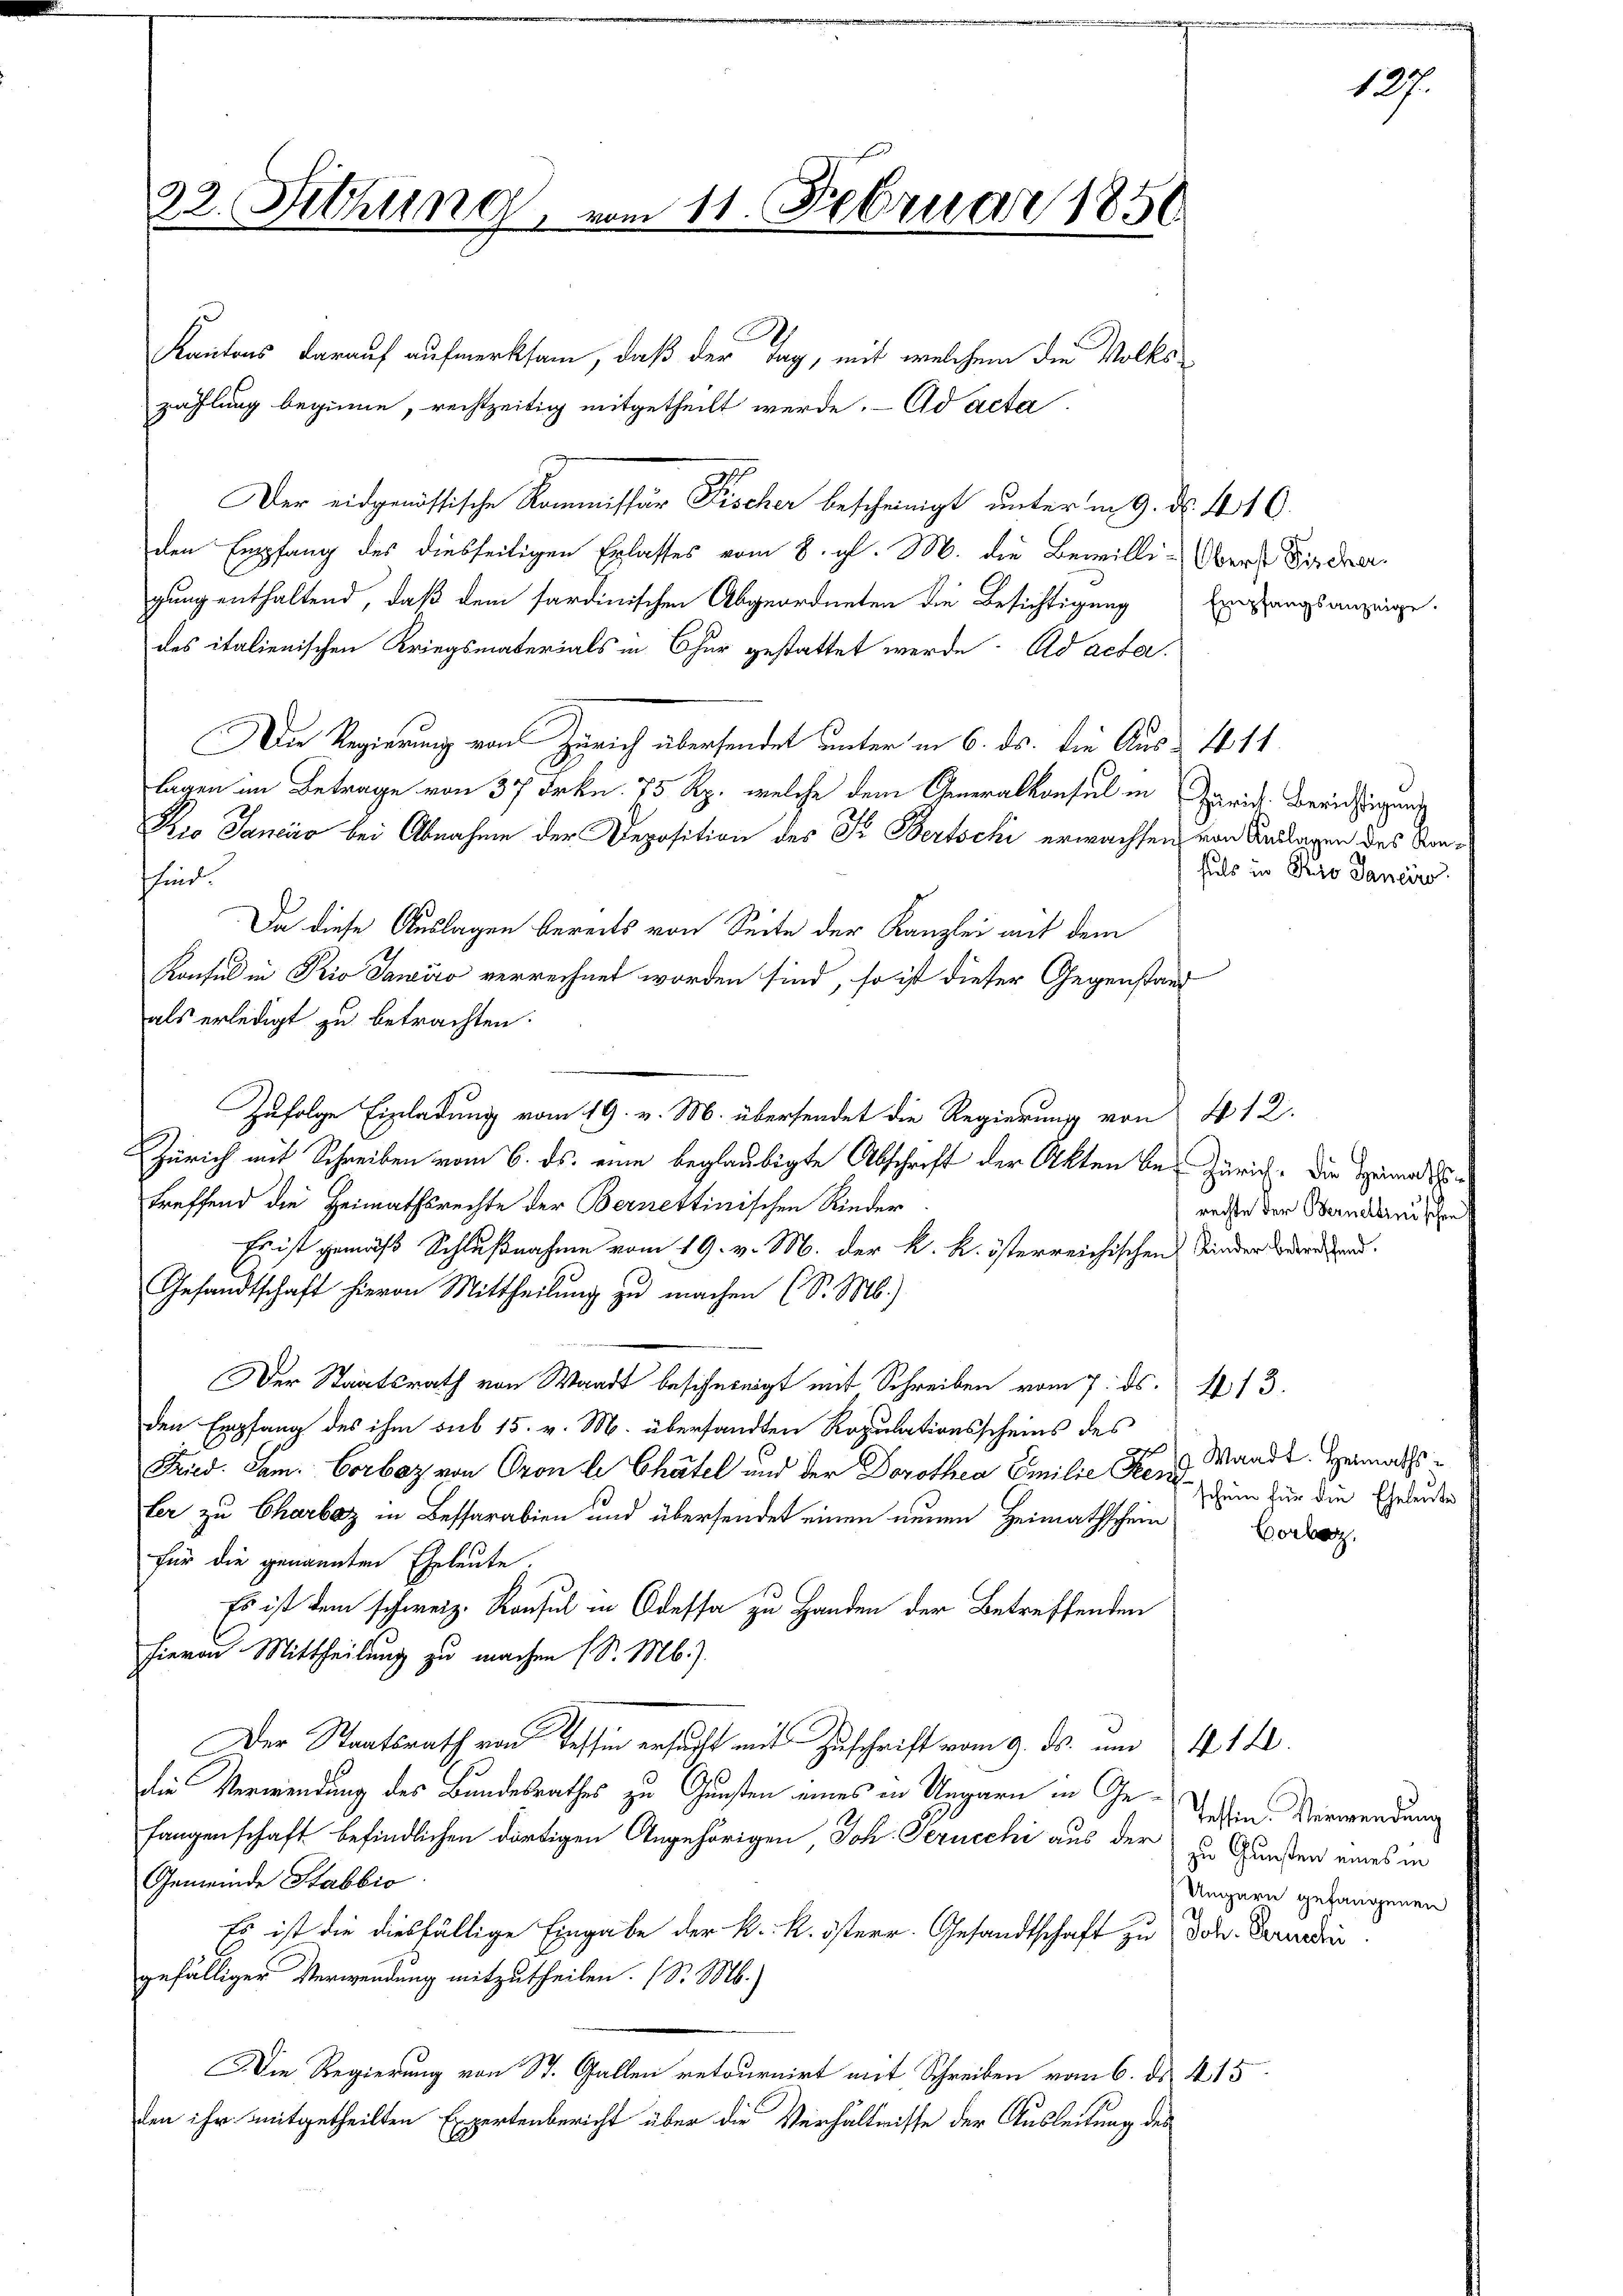
22. Sitzung

Kantons darauf aufmerksam, daß der Tag, mit welchem die Volkszahlung beginne, rechtzeitig mitgetheilt werde. Ad acta
Der eidgenössische Kommissär Fischer bescheinigt unterm 9. d. 410.
den Empfang des diesseitigen Erlasses vom 8. gl. M. die Bewilli-Obert Fische
gung enthaltend, daß dem sardinischen Abgeordneten die Besichtigung
des italienischen Kriegsmaterials in Chur gestattet werde. Ad acta.
Die Regierung von Zürich übersendet unter in 6. ds. die Aus- 46. 14.
lagen im Betrage von 37 Frkn. 75 Rp. welche dem Generalkonsul in Zürich. Berichtigung
io Sanciro bei Abnahme der Deposition des Fr. Bertschi erwachsen von Anlagen des Stansind.
Da diese Auslagen bereits von Seite der Kanzlei mit dem
Konsul in Rio Saniro verrechnet worden sind, so ist dieser Gegenstand
als erledigt zu betrachten.
Zufolge Einladung vom 19. v. M. übersendet die Regierung von 412.
Zürich mit Schreiben vom 6. ds. eine beglaubigte Abschrift der Akten Be- Zürich. Die Heimatstreffend die Heimathsrechte der Bernettinischen Rieder
Er ist gemäß Schlußnahme vom 19. v. M. der k. k. österreichischen Kinder Werden.
Gesandtschaft hievon Mittheilung zu machen (S. M.)
Der Staatsrath von Waadt bescheinigt mit Schreiben vom 7. ds. 113.
den Empfang des ihm sub 15. v. M. übersandten Repulationsscheins des
Fried. Sam. Vorbaz von Gron le Chätel und der Dorothea Emilie Kent dem für die Ehelenden
ler zu Charboz in Bessarabien und übersendet einen neuen Heimathschein
für die genannten Eheleute.
Es ist dem schweiz. Konsul in Odessa zu Handen der Betreffenden
hievon Mittheilung zu machen (S. Mb.).
Der Staatsrath von Tessin ersucht mit Zuschrift vom 9. ds. um 24. 14.
die Verwendung des Bundesrathes zu Gunsten eines in Ungarn in Ge¬
Langenschaft befindlichen dortigen Angehörigen, Joh. Gerucchi aus der zu Gunden eines in
Gemeinde Stabbio
Es ist die diesfällige Eingabe der k. k. österr. Gesandtschaft zu Joh. Paradi
gefälliger Verwendung mitzutheilen. (S. M.)
Die Regierung von St. Gallen retournirt mit Schreiben vom 6. ds. 415
len ihr mitgetheilten Expertenbericht über die Verhältnisse der Ausleitung des

vom 11. Februar 1856

Empfangsanzeige.

hals in Pro Janeiro

rechte der Bernettinischen

Waadt. Heimaths¬
Borlag,

127

Tessin. Verwendung
Ungarn gefangenen